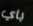
باي